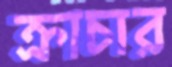
ক্রাচার